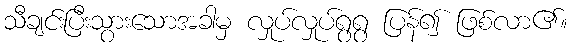
သီချင်းပြီးသွားသောအခါမှ လှုပ်လှုပ်ရွရွ ပြန်၍ ဖြစ်လာ၏။